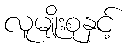
လူမျိုးစုနှင့်